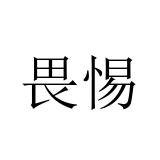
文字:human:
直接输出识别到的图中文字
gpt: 畏惕